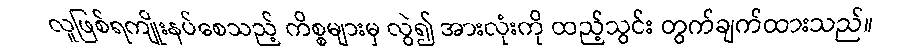
လူဖြစ်ရကျိုးနပ်စေသည့် ကိစ္စများမှ လွဲ၍ အားလုံးကို ထည့်သွင်း တွက်ချက်ထားသည်။